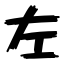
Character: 左